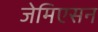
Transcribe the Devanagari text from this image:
जेमिएसन